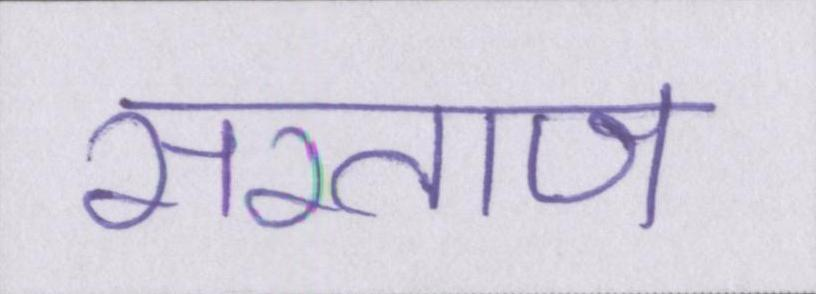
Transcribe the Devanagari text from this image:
सरताज